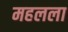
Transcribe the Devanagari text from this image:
महलला